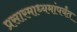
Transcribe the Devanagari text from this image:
प्रसारमाध्यमांपर्यंत